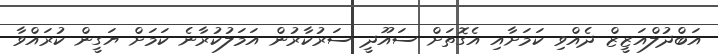
އަބްދުލްއަޒީޒް ދެއްވި ކަމަށާއި އެގޮތަށް ސައޫދީ ސަރުކާރުން އަމަލުކުރާނެ ކަމަށް ޔަގީން ކުރައްވާ